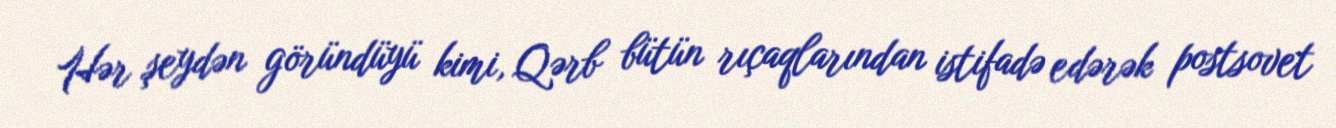
Hər şeydən göründüyü kimi, Qərb bütün rıçaqlarından istifadə edərək postsovet